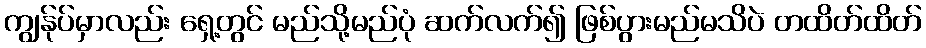
ကျွန်ုပ်မှာလည်း ရှေ့တွင် မည်သို့မည်ပုံ ဆက်လက်၍ ဖြစ်ပွားမည်မသိပဲ တထိတ်ထိတ်